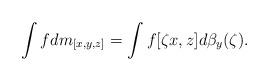
LaTeX: \begin{gather*}\int f dm_{[x,y,z]}=\int f[\zeta x,z] d\beta_y(\zeta).\end{gather*}